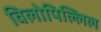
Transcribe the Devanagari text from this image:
विलोपिल्लिल